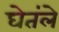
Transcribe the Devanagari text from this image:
घेतंले